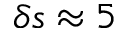
\delta s \approx 5